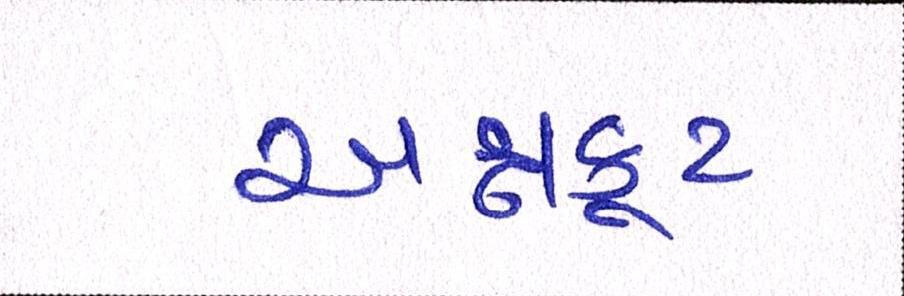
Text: અન્નકૂટ